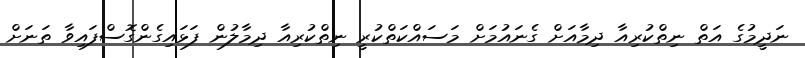
ނަދީމުގެ އަތް ނިތްކުރިއާ ދިމާއަށް ގެނައުމަށް މަސައްކަތްކުރީ ނިތްކުރިއާ ދިމާލުން ފަޅައިގެންގޮސްފައިވާ ތަނަށް